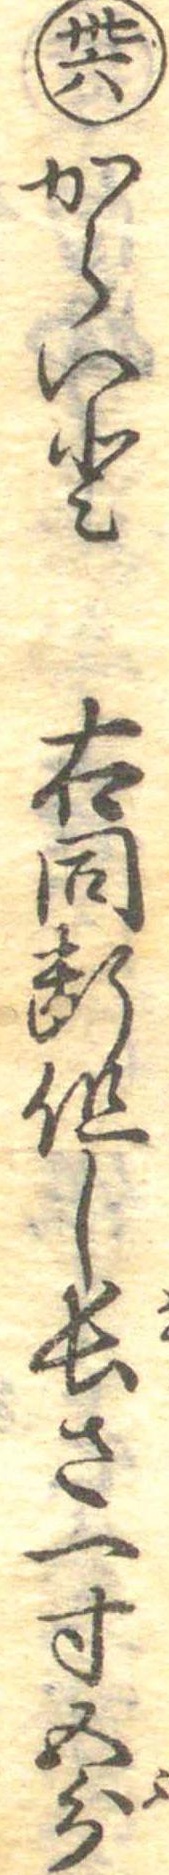
卅六からいと右同断但し長さ一寸五分